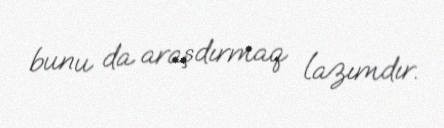
bunu da araşdırmaq lazımdır.